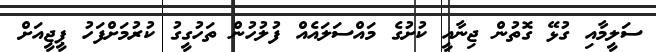
ސަލީމާއި ގުޅޭ ގޮތުން ޖިނާއީ ކުށުގެ މައްސަލައެއް ފުލުހުން ތަހުގީގު ކުރުމަށްފަހު ޕީޖީއަށް